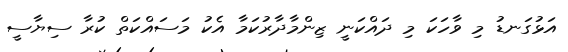
އަޅުގަނޑު މި ވާހަކަ މި ދައްކަނީ ޒިންމާދާރުކަމާ އެކު މަސައްކަތް ކުރާ ސިޔާސީ